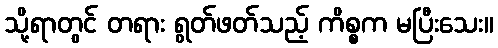
သို့ရာတွင် တရား ရွတ်ဖတ်သည့် ကိစ္စက မပြီးသေး။